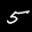
Label: 5